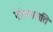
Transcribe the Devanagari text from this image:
नोल्लसति